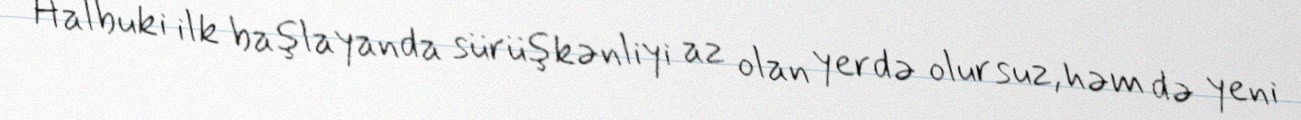
Halbuki ilk başlayanda sürüşkənliyi az olan yerdə olursuz, həm də yeni